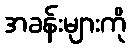
အခန်းများကို